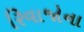
રિવાજોના